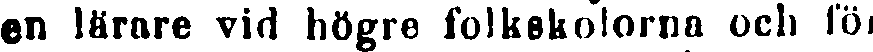
en lärare vid högre folkskolorna och föl